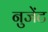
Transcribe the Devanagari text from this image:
नुजेंट